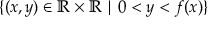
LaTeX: \{ ( x , y ) \in \mathbb { R } \times \mathbb { R } \mid 0 < y < f ( x ) \}